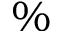
\%